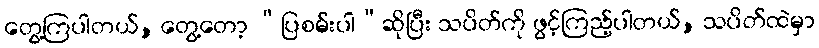
တွေ့ကြပါတယ်, တွေ့တော့ “ပြစမ်းပါ”ဆိုပြီး သပိတ်ကို ဖွင့်ကြည့်ပါတယ်, သပိတ်ထဲမှာ